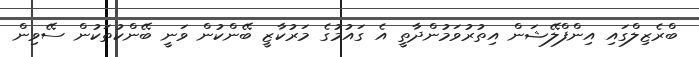
ބްރެޒިލްގައި އިންފްލޭޝަން އިތުރުވަމުންދާތީ އެ ގައުމުގެ މަރުކާޒީ ބޭންކުން ވަނީ ބޭންކުތަކުން ސޭވިން